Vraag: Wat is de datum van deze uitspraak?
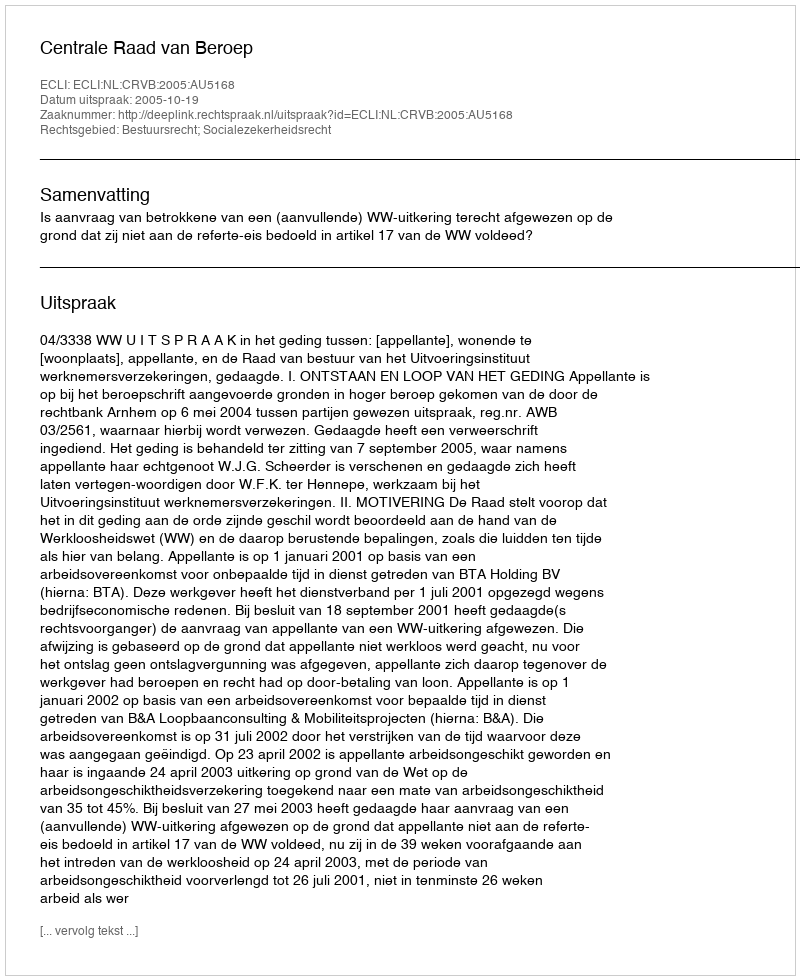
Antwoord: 2005-10-19